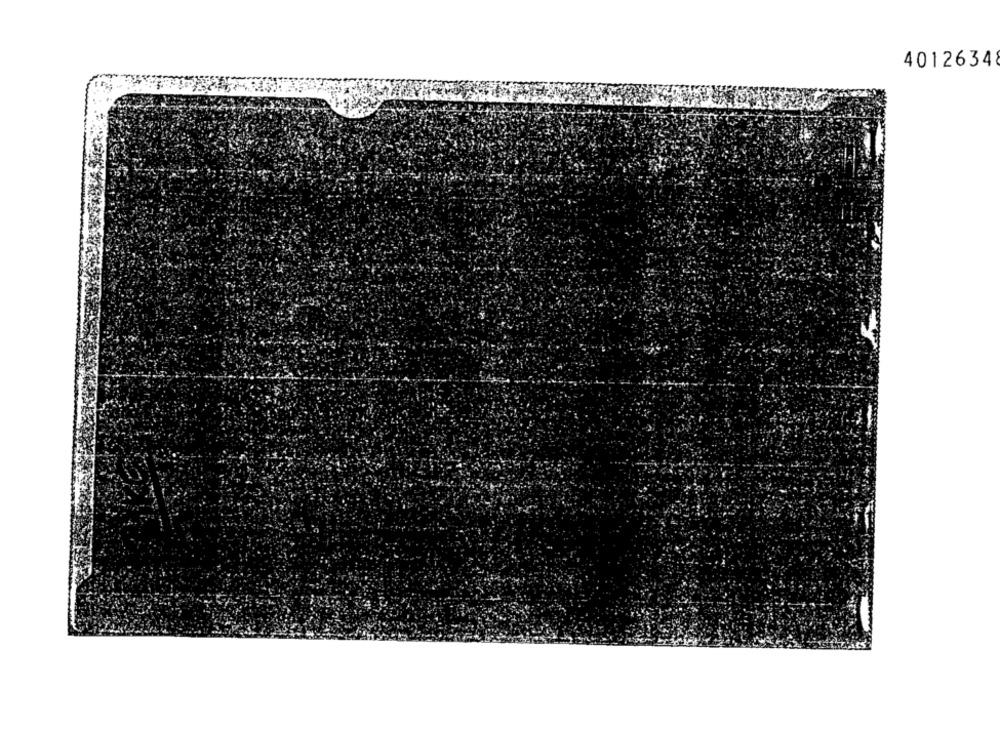
40126348